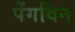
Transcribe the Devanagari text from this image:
पेंगविन